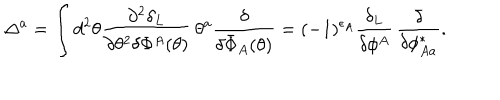
\Delta ^ { a } = \int d ^ { 2 } \theta \frac { \partial ^ { 2 } \delta _ { L } } { \partial \theta ^ { 2 } \delta \Phi ^ { A } ( \theta ) } \, \theta ^ { a } \frac { \delta } { \delta \bar { \Phi } _ { A } ( \theta ) } = ( - 1 ) ^ { \epsilon _ { A } } \frac { \delta _ { L } } { \delta \phi ^ { A } } \, \frac { \delta } { \delta \phi _ { A a } ^ { * } } .